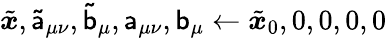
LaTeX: \tilde{{\boldsymbol{x}}},\mathsf{\tilde{a}}_{\mu\nu},\mathsf{\tilde{b}}_{\mu},\mathsf{a}_{\mu\nu},\mathsf{b}_{\mu}\gets\tilde{{\boldsymbol{x}}}_{0},0,0,0,0